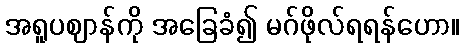
အရူပဈာန်ကို အခြေခံ၍ မဂ်ဖိုလ်ရရန်ဟော။